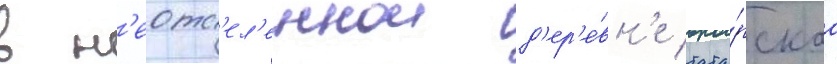
в н'еотс'ел'еннои д'ер'е́вн'е тата́рскаа